Indian journal of veterinary science and animal husbandry - Volume 7,
Year: 1937
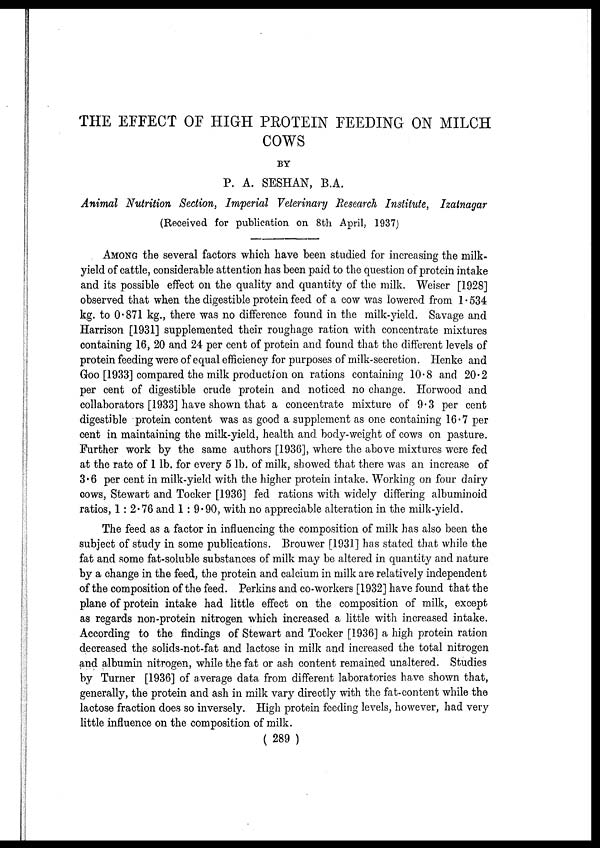
THE EFFECT OF HIGH PROTEIN FEEDING ON MILCH
COWS
BY
P. A. SESHAN, B.A.
Animal Nutrition Section, Imperial Veterinary Research Institute, Izatnagar
(Received for publication on 8th April, 1937)
AMONG the several factors which have been studied for increasing the milk-
yield of cattle, considerable attention has been paid to the question of protein intake
and its possible effect on the quality and quantity of the milk. Weiser [1928]
observed that when the digestible protein feed of a cow was lowered from 1 • 534
kg. to 0.871 kg., there was no difference found in the milk-yield. Savage and
Harrison [1931] supplemented their roughage ration with concentrate mixtures
containing 16, 20 and 24 per cent of protein and found that the different levels of
protein feeding were of equal efficiency for purposes of milk-secretion. Henke and
Goo [1933] compared the milk production on rations containing 10.8 and 20.2
per cent of digestible crude protein and noticed no change. Horwood and
collaborators [1933] have shown that a concentrate mixture of 9.3 per cent
digestible protein content was as good a supplement as one containing 16 .7 per
cent in maintaining the milk-yield, health and body-weight of cows on pasture.
Further work by the same authors [1936], where the above mixtures were fed
at the rate of 1 lb. for every 5 lb. of milk, showed that there was an increase of
3.6 per cent in milk-yield with the higher protein intake. Working on four dairy
cows, Stewart and Tocker [1936] fed rations with widely differing albuminoid
ratios, 1: 2.76 and 1 : 9.90, with no appreciable alteration in the milk-yield.
The feed as a factor in influencing the composition of milk has also been the
subject of study in some publications. Brouwer [1931] has stated that while the
fat and some fat-soluble substances of milk may be altered in quantity and nature
by a change in the feed, the protein and calcium in milk are relatively independent
of the composition of the feed. Perkins and co-workers [1932] have found that the
plane of protein intake had little effect on the composition of milk, except
as regards non-protein nitrogen which increased a little with increased intake.
According to the findings of Stewart and Tocker [1936] a high protein ration
decreased the solids-not-fat and lactose in milk and increased the total nitrogen
and albumin nitrogen, while the fat or ash content remained unaltered. Studies
by Turner [1936] of average data from different laboratories have shown that,
generally, the protein and ash in milk vary directly with the fat-content while the
lactose fraction does so inversely. High protein feeding levels, however, had very
little influence on the composition of milk.
( 289 )